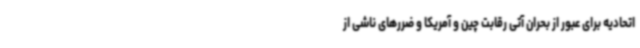
اتحادیه برای عبور از بحران آتی رقابت چین و آمریکا و ضررهای ناشی از